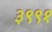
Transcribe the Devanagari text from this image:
३९९१